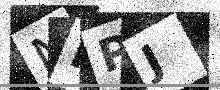
Text: NNPJ